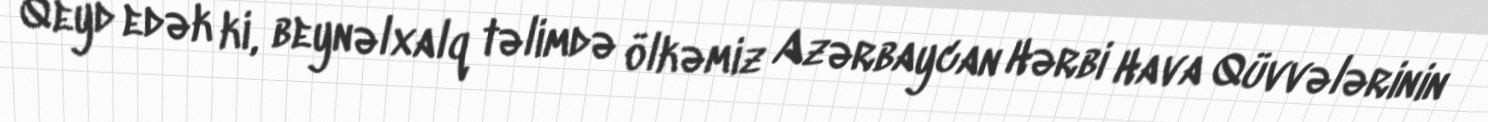
Qeyd edək ki, beynəlxalq təlimdə ölkəmiz Azərbaycan Hərbi Hava Qüvvələrinin